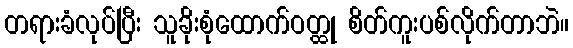
တရားခံလုပ်ပြီး သူခိုးစုံထောက်ဝတ္ထု စိတ်ကူးပစ်လိုက်တာဘဲ။